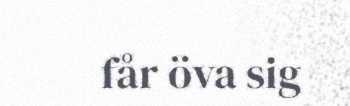
får öva sig